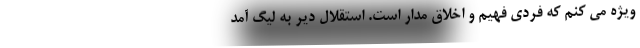
ویژه می کنم که فردی فهیم و اخلاق مدار است‌. استقلال دیر به لیگ آمد